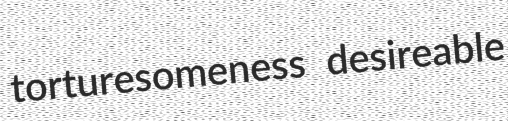
torturesomeness desireable